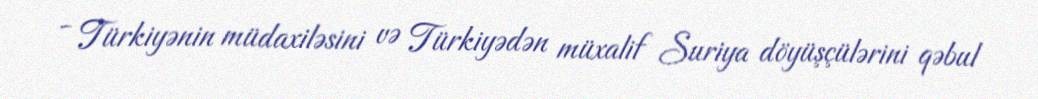
- Türkiyənin müdaxiləsini və Türkiyədən müxalif Suriya döyüşçülərini qəbul